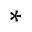
^ \ast